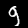
Digit: 9